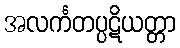
အလင်္ကတပ္ပဋိယတ္တာ